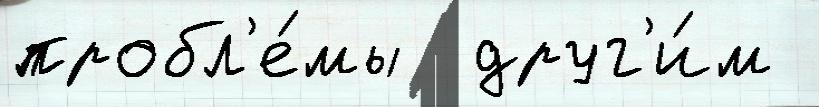
пробл'е́мы  друг'и́м